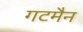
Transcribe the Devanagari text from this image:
गटमैन